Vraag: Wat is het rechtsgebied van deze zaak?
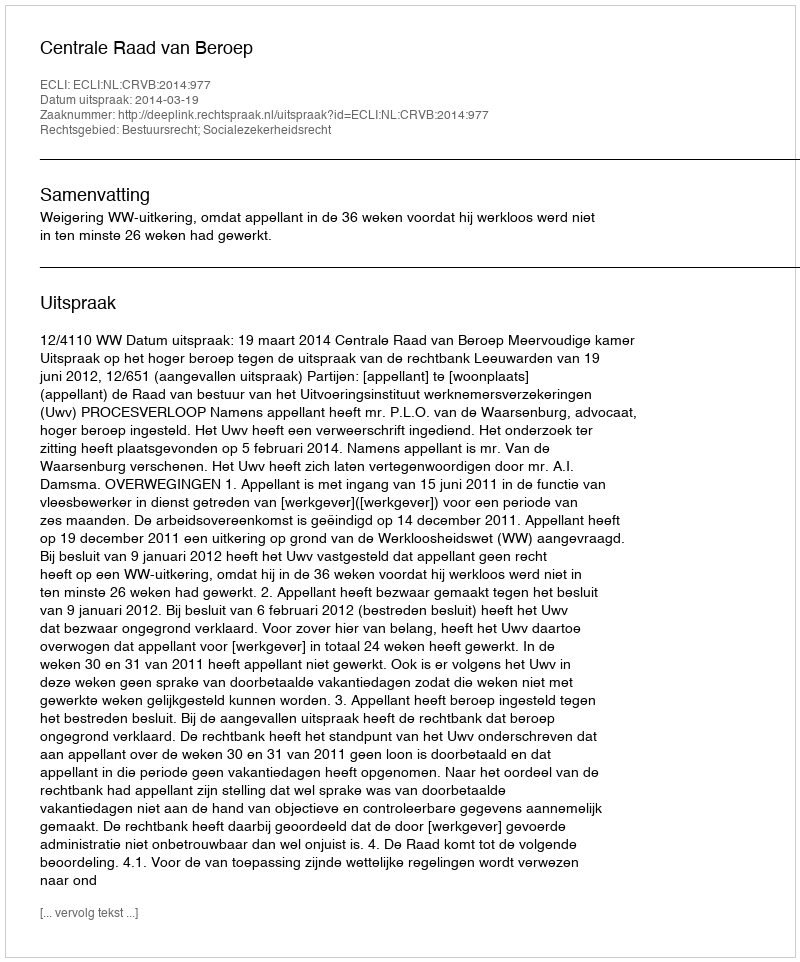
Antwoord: Bestuursrecht; Socialezekerheidsrecht